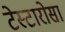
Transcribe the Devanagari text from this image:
टेस्टारोसा